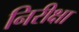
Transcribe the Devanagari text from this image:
निरीक्षा